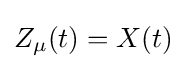
Z_{\mu }(t)=X(t)